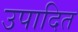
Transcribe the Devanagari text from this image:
उपादित